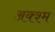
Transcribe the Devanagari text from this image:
अक्श्म